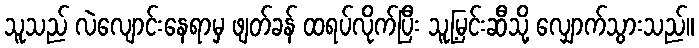
သူသည် လဲလျောင်းနေရာမှ ဖျတ်ခန် ထရပ်လိုက်ပြီး သူ့မြင်းဆီသို့ လျှောက်သွားသည်။